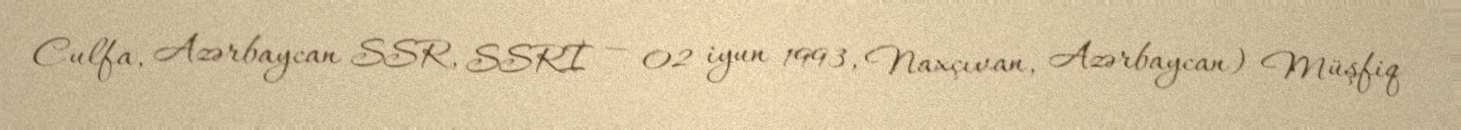
Culfa, Azərbaycan SSR, SSRİ — 02 iyun 1993, Naxçıvan, Azərbaycan) Müşfiq